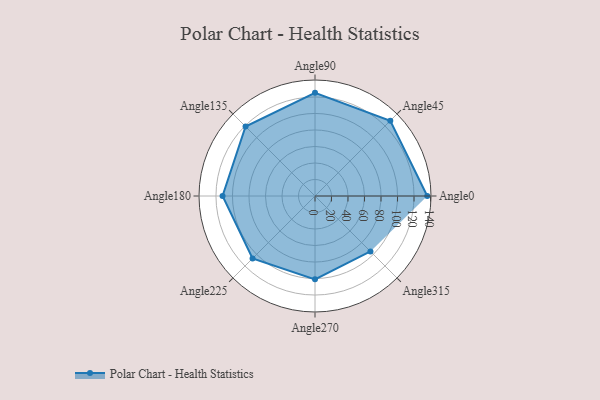
{"axis": {"x": "Angle", "y": "Radius"}, "legend": [""], "data": [{"x": "Angle0", "y": 136.0, "type": ""}, {"x": "Angle45", "y": 129.0, "type": ""}, {"x": "Angle90", "y": 125.0, "type": ""}, {"x": "Angle135", "y": 119.0, "type": ""}, {"x": "Angle180", "y": 112.0, "type": ""}, {"x": "Angle225", "y": 107.0, "type": ""}, {"x": "Angle270", "y": 101.0, "type": ""}, {"x": "Angle315", "y": 95.0, "type": ""}]}